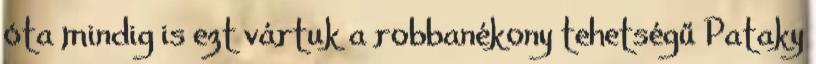
óta mindig is ezt vártuk a robbanékony tehetségű Pataky